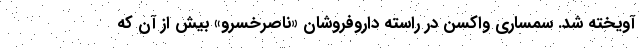
آویخته شد. سمساری واکسن در راسته داروفروشان «ناصرخسرو» بیش از آن که